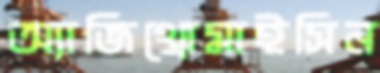
অ্যাজিথ্রোমাইসিন